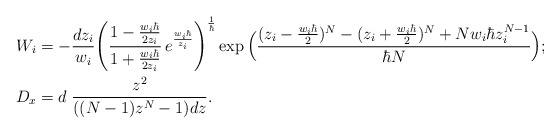
\begin{align*}W_i & = - \frac{dz_i}{w_i} \Bigg( \frac{1-\frac{w_i\hbar}{2z_i}}{1+\frac{w_i\hbar}{2z_i}}\, e^{\frac{w_i\hbar }{z_i}}\Bigg)^{\frac 1\hbar} \exp\Big( \frac{(z_i-\frac{w_i\hbar}{2})^{N}-(z_i+\frac{w_i\hbar}{2})^{N}+Nw_i\hbar z_i^{N-1}}{\hbar N} \Big) ;\\ D_x & = d \; \frac{z^2}{((N-1)z^{N}-1)dz}.\end{align*}